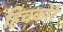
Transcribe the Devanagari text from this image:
हिचकोरे